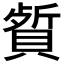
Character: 𬥡